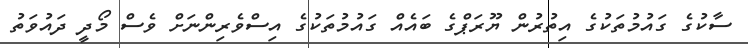
ސާކުގެ ގައުމުތަކުގެ އިތުރުން ޔޫރަޕްގެ ބައެއް ގައުމުތަކުގެ އިސްވެރިންނަށް ވެސް މޯދީ ދައުވަތު